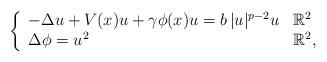
LaTeX: \begin{align*}\left\{\begin{array}{ll}- \Delta u + V(x)u + \gamma\phi(x)u = b\, |u|^{p-2}u& \mathbb{R}^2\\ \Delta \phi = u^2& \mathbb{R}^2, \end{array}\right.\end{align*}